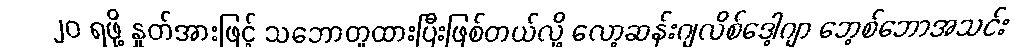
၂၀ ရဖို့ နှုတ်အားဖြင့် သဘောတူထားပြီးဖြစ်တယ်လို့ လော့ဆန်းဂျလိစ်ဒေါ့ဂျာ ဘေ့စ်ဘောအသင်း